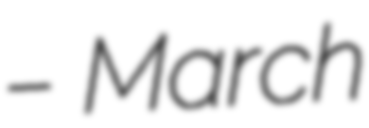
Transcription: – March